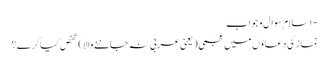
- اسلام سوال و جواب
نماز کی دعاؤں میں عجمی ( یعنی عربی نہ جاننے والا ) شخص کیا کرے ؟